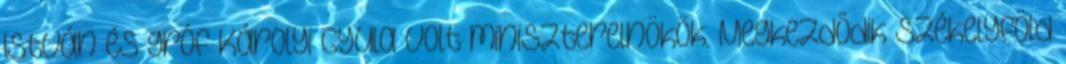
István és gróf Károlyi Gyula volt miniszterelnökök. Megkezdõdik Székelyföld